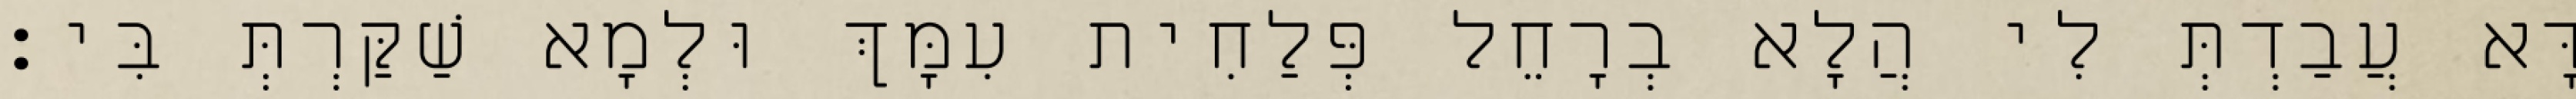
דָּא עֲבַדְתְּ לִי הֲלָא בְרָחֵל פְּלַחִית עִמָּךְ וּלְמָא שַׁקַּרְתְּ בִּי׃